Indian Civil Veterinary Department memoirs
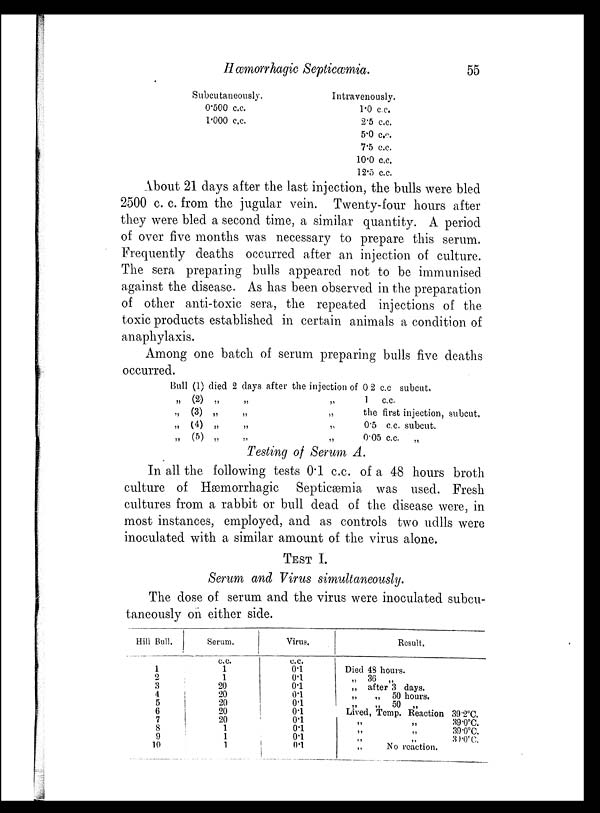
Hæmorrhagic Septicæmia.
55
Subcutaneously.
0.500 c.c.
1.000 c.c.
Intravenously.
1.0 c.c.
2.5 c.c.
5.0 c.c.
7.5 c.c.
10.0 c.c.
12.5 c.c.
About 21 days after the last injection, the bulls were bled
2500 c. c. from the jugular vein. Twenty-four hours after
they were bled a second time, a similar quantity. A period
of over five months was necessary to prepare this serum.
Frequently deaths occurred after an injection of culture.
The sera preparing bulls appeared not to be immunised
against the disease. As has been observed in the preparation
of other anti-toxic sera, the repeated injections of the
toxic products established in certain animals a condition of
anaphylaxis.
Among one batch of serum preparing bulls five deaths
occurred.
Bull (1) died 2 days after the injection of 0.2 c.c. subcut.
„ (2) „
„ (3) „
„ (4) „
„ (5) „
„
„
„
„
„
„
„
„
1 c.c.
the first injection, subcut.
0.5 c.c. subcut.
0.05 c.c.
„
Testing of Serum A.
In all the following tests 0.1 c.c. of a 48 hours broth
culture of Hæmorrhagic Septicæmia was used. Fresh
cultures from a rabbit or bull dead of the disease were, in
most instances, employed, and as controls two udlls were
inoculated with a similar amount of the virus alone.
TEST I.
Serum and Virus simultaneously.
The dose of serum and the virus were inoculated subcu-
taneously on either side.
Hill Bull.
1
2
3
4
5
6
7
8
9
10
Serum.
c.c.
1
1
20
20
20
20
20
1
1
1
Virus.
c.c.
0.1
0.1
0.1
0.1
0.1
0.1
0.1
0.1
0.1
0.1
Result.
Died 48 hours.
„ 36 „
„ after 3 days.
„
„
50 hours.
„
„ 50 „
Lived, Temp. Reaction 39.2°C.
„
„
39.0°C.
„
„
„
39.0°C.
„ „ 30.0°C.
„
No reaction.